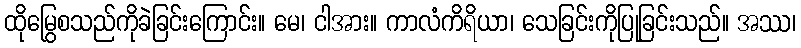
ထိုမြွေစသည်ကိုခဲခြင်းကြောင်း။ မေ၊ ငါအား။ ကာလံကိရိယာ၊ သေခြင်းကိုပြုခြင်းသည်။ အဿ၊